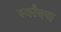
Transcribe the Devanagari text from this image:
स्वरैक्य